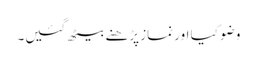
وضو کیا اور نماز پڑھنے بیٹھ گئیں۔